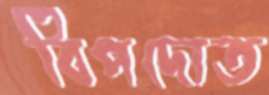
বিপদোত